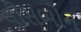
લીસબોન